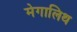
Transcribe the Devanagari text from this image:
मेगालिथ